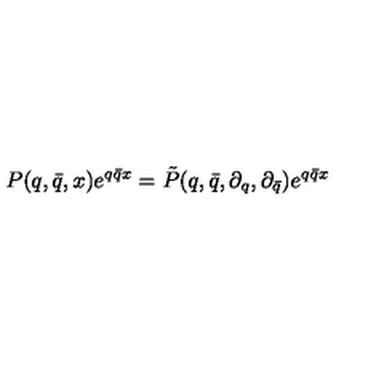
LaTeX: P ( q , \bar { q } , x ) e ^ { q \bar { q } x } = \tilde { P } ( q , \bar { q } , \partial _ { q } , \partial _ { \bar { q } } ) e ^ { q \bar { q } x }